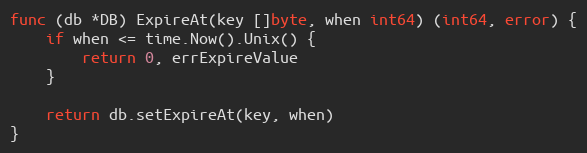
Language: Go
func (db *DB) ExpireAt(key []byte, when int64) (int64, error) {
	if when <= time.Now().Unix() {
		return 0, errExpireValue
	}

	return db.setExpireAt(key, when)
}